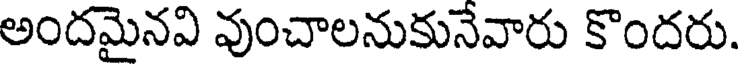
అందమైనవి వుంచాలనుకునేవారు కొందరు.